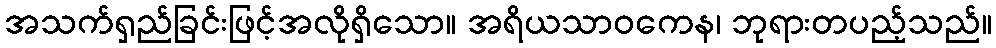
အသက်ရှည်ခြင်းဖြင့်အလိုရှိသော။ အရိယသာဝကေန၊ ဘုရားတပည့်သည်။